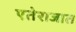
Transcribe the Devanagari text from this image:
एतेराजात